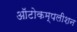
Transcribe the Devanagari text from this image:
ऑटोकम्पलीशन